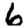
Digit: 6